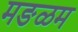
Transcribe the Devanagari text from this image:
मङळम